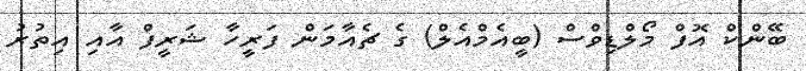
ބޭންކް އޮފް މޯލްޑިވްސް (ބީއެމްއެލް) ގެ ޗެއާމަން ފަރީހާ ޝަރީފް އާއި އިތުރު